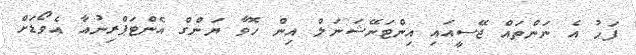
ފަހު އެ ނަންތައް ޖޭސީއައި އިންޓަނޭޝަނަލް އިން ހޮވާ ޔަންގް އެންޓަޕްރިނުއާ އެވޯޑަށް